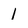
Character: 1